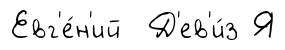
Евг'е́н'ий Д'ев'и́з Я